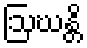
ဩဃန္တိ